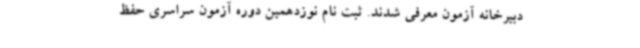
دبیرخانه آزمون معرفی شدند. ثبت نام نوزدهمین دوره آزمون سراسری حفظ